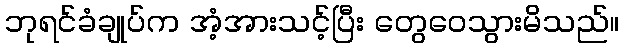
ဘုရင်ခံချုပ်က အံ့အားသင့်ပြီး တွေဝေသွားမိသည်။